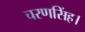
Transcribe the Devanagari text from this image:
चरणसिंह।